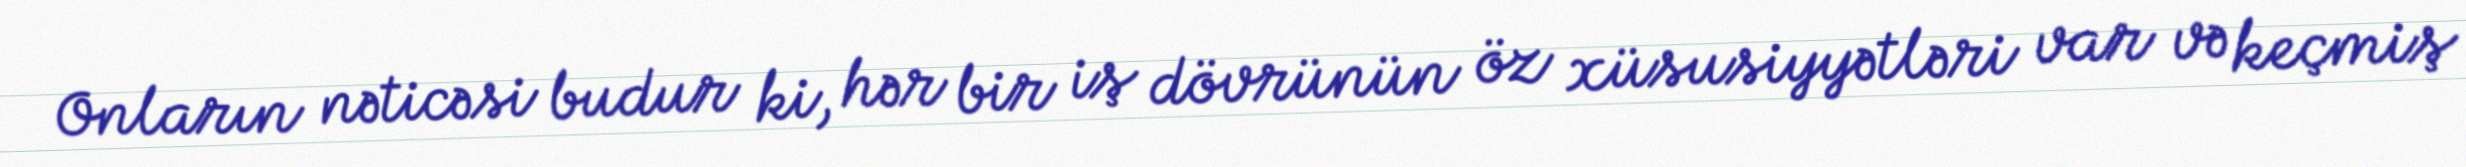
Onların nəticəsi budur ki, hər bir iş dövrünün öz xüsusiyyətləri var və keçmiş